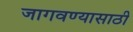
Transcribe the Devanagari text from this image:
जागवण्यासाठी